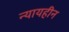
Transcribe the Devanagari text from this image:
न्यायहीन